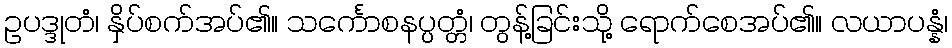
ဥပဒ္ဒုတံ၊ နှိပ်စက်အပ်၏။ သင်္ကောစနပ္ပတ္တံ၊ တွန့်ခြင်းသို့ ရောက်စေအပ်၏။ လယာပန္နံ၊